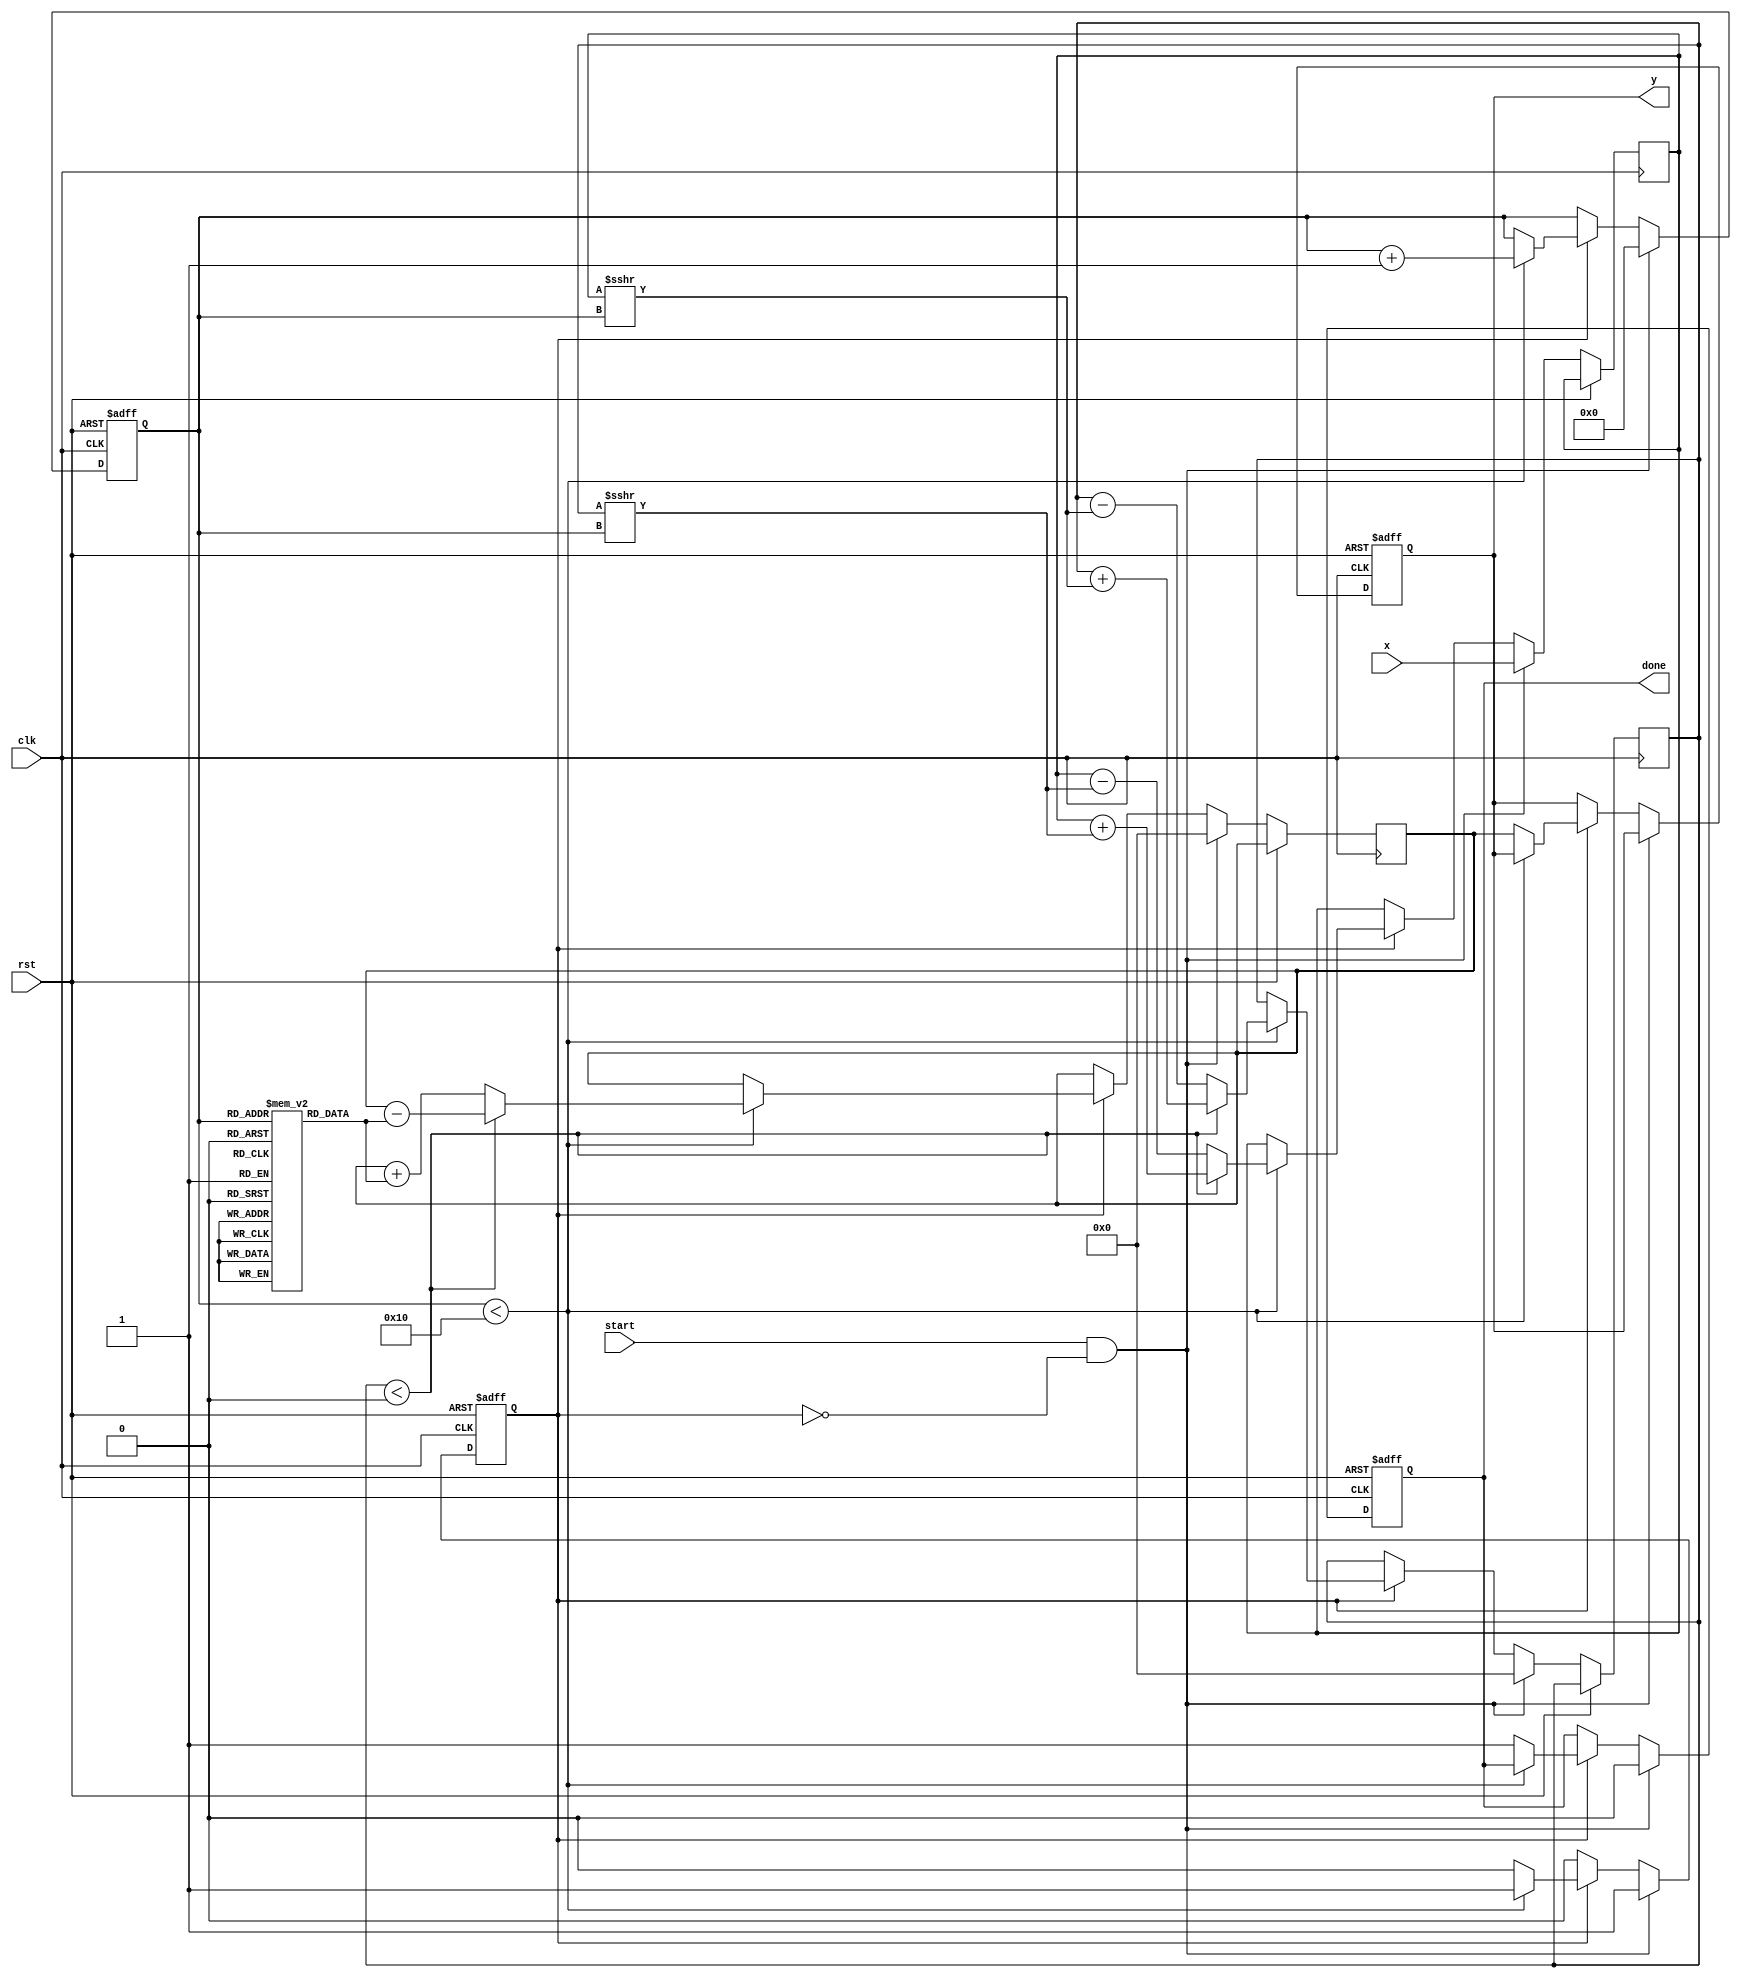
module atan_block (
    input wire clk,
    input wire rst,
    input wire start,
    input wire signed [15:0] x, // Input data
    output reg signed [15:0] y,  // Output data
    output reg done              // Done signal
);
    
    // CORDIC parameters
    parameter NUM_ITERATIONS = 16; // Number of iterations for CORDIC
    reg signed [15:0] z;            // Angle accumulator
    reg signed [15:0] x_curr;       // Current x value
    reg signed [15:0] y_curr;       // Current y value
    reg [3:0] iteration;            // Iteration counter
    reg processing;                 // Processing flag

    // CORDIC gain
    parameter signed [15:0] K = 16'hB28D; // Approximation of 1/sqrt(1 + 2^-n)

    // CORDIC angles (arctan(2^-i))
    reg signed [15:0] atan_table [0:NUM_ITERATIONS-1];

    initial begin
        // Initialize atan_table with pre-computed arctan(2^-i) values
        atan_table[0] = 16'h2000; // atan(1) = /4 in fixed-point
        atan_table[1] = 16'h1555; // atan(0.5)
        atan_table[2] = 16'h0CA3; // atan(0.25)
        atan_table[3] = 16'h0642; // atan(0.125)
        atan_table[4] = 16'h0321; // atan(0.0625)
        atan_table[5] = 16'h0190; // atan(0.03125)
        atan_table[6] = 16'h00C3; // atan(0.015625)
        // Fill the rest of the table as needed...
    end

    // State machine for processing
    always @(posedge clk or posedge rst) begin
        if (rst) begin
            y <= 16'h0000;
            done <= 1'b0;
            processing <= 1'b0;
            iteration <= 0;
        end else if (start && !processing) begin
            // Initialize variables for CORDIC processing
            x_curr <= x;
            y_curr <= 16'h0000; // Start with y = 0
            z <= 16'h0000; // Angle accumulator
            iteration <= 0;
            processing <= 1'b1;
            done <= 1'b0;
        end else if (processing) begin
            if (iteration < NUM_ITERATIONS) begin
                // CORDIC rotation
                if (y_curr < 0) begin
                    // Rotate negatively
                    x_curr <= x_curr + (y_curr >>> iteration);
                    y_curr <= y_curr + (x_curr >>> iteration);
                    z <= z - atan_table[iteration];
                end else begin
                    // Rotate positively
                    x_curr <= x_curr - (y_curr >>> iteration);
                    y_curr <= y_curr - (x_curr >>> iteration);
                    z <= z + atan_table[iteration];
                end
                iteration <= iteration + 1;
            end else begin
                // Final output assignment
                y <= z;
                done <= 1'b1;
                processing <= 1'b0;
            end
        end
    end
endmodule